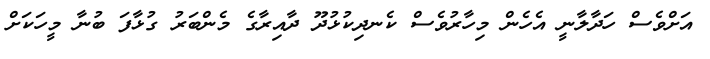
އަށްވެސް ހަދާލާނީ އެހެން މިހާރުވެސް ކެނދިކުޅުދޫ ދާއިރާގެ މެންބަރު ގުޅާފަ ބުނާ މީހަކަށް